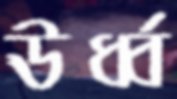
ঊর্ধ্ব